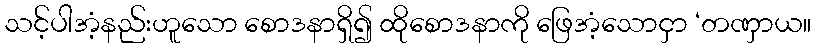
သင့်ပါအံ့နည်းဟူသော စောဒနာရှိ၍ ထိုစောဒနာကို ဖြေအံ့သောငှာ ‘တဏှာယ။